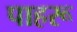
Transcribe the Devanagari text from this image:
पाहरू